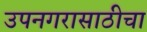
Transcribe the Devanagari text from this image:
उपनगरासाठीचा